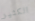
الكثير